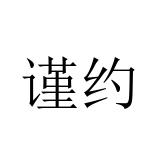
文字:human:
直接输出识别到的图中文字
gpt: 谨约